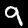
Digit: 9